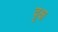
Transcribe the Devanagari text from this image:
वृक्ष